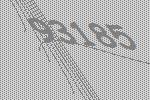
93185